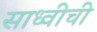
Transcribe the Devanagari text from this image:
साध्वीची